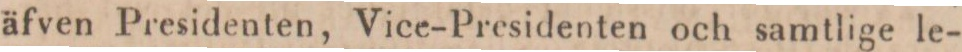
äfven Presidenten, Vice-Presidenten och samtlige le-